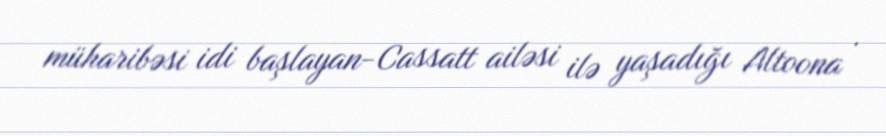
müharibəsi idi başlayan-Cassatt ailəsi ilə yaşadığı Altoona .